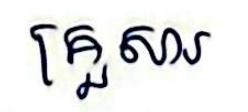
គ្រួសារ